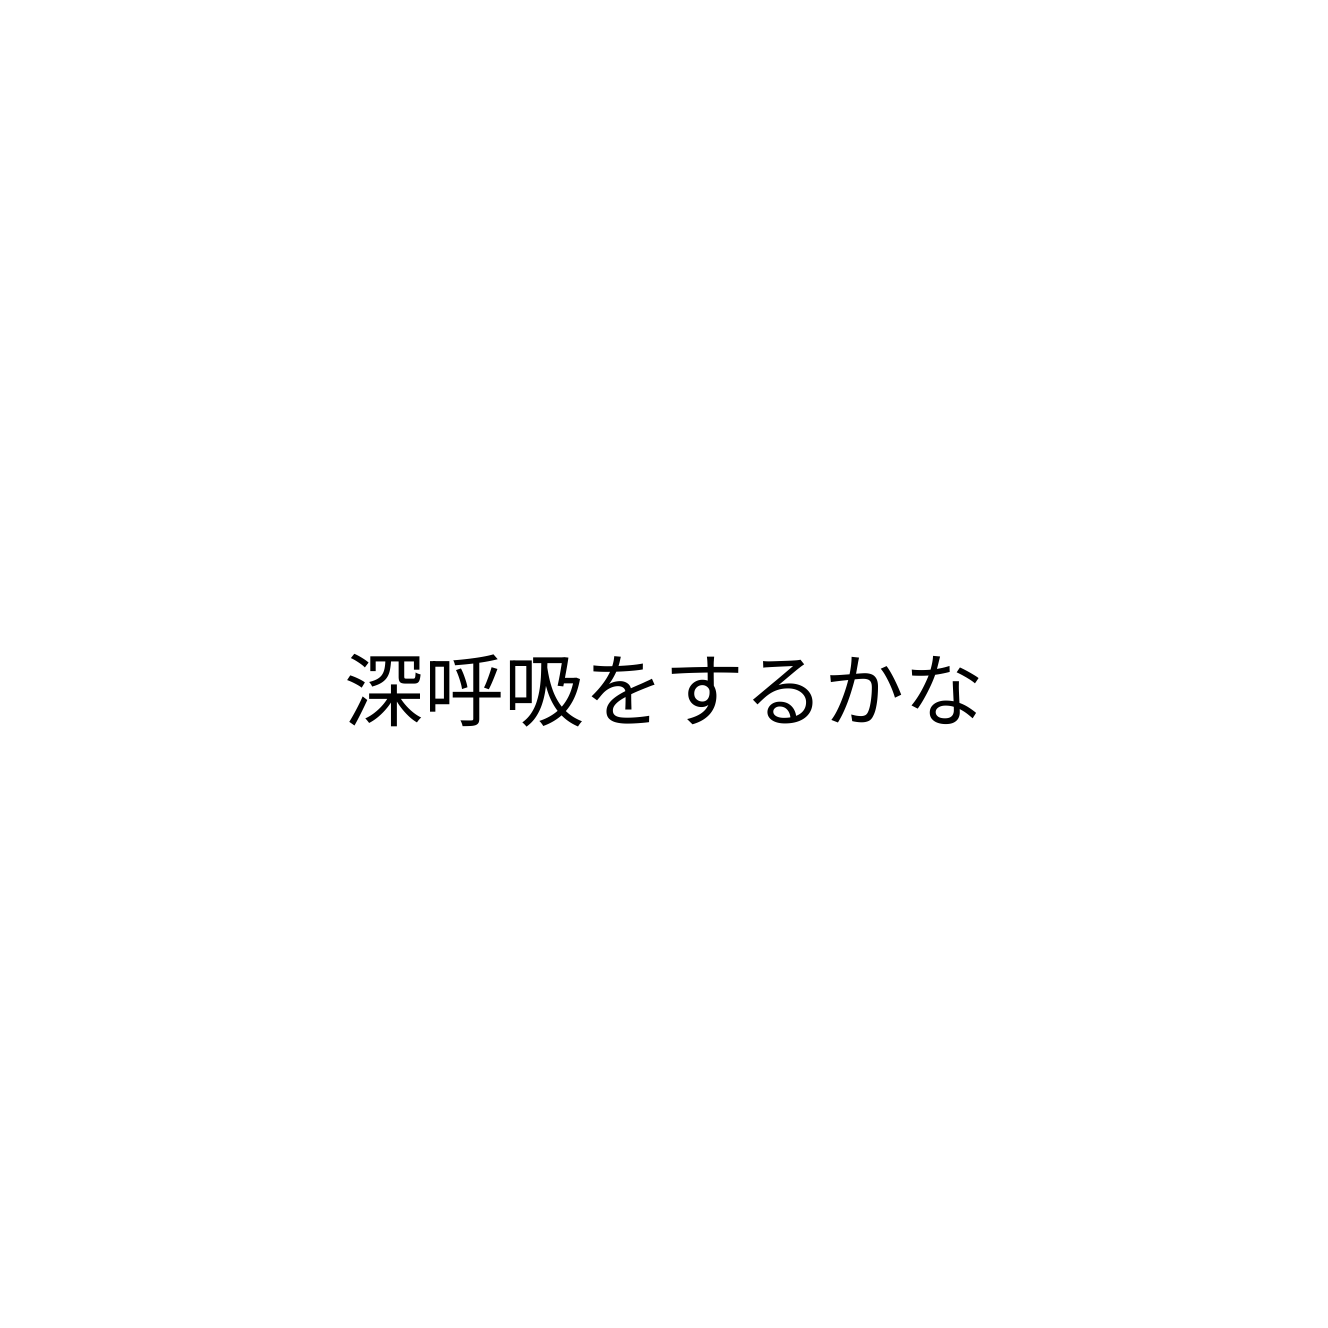
深呼吸をするかな